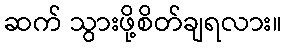
ဆက် သွားဖို့စိတ်ချရလား။